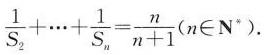
$$\frac { 1 } { S _ { 2 } } + \cdots + \frac { 1 } { S _ { n } } = \frac { n } { n + 1 }$$(n\inN^{*} .